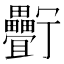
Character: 𤴉